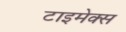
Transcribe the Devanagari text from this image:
टाइमेक्स